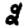
Digit: 2